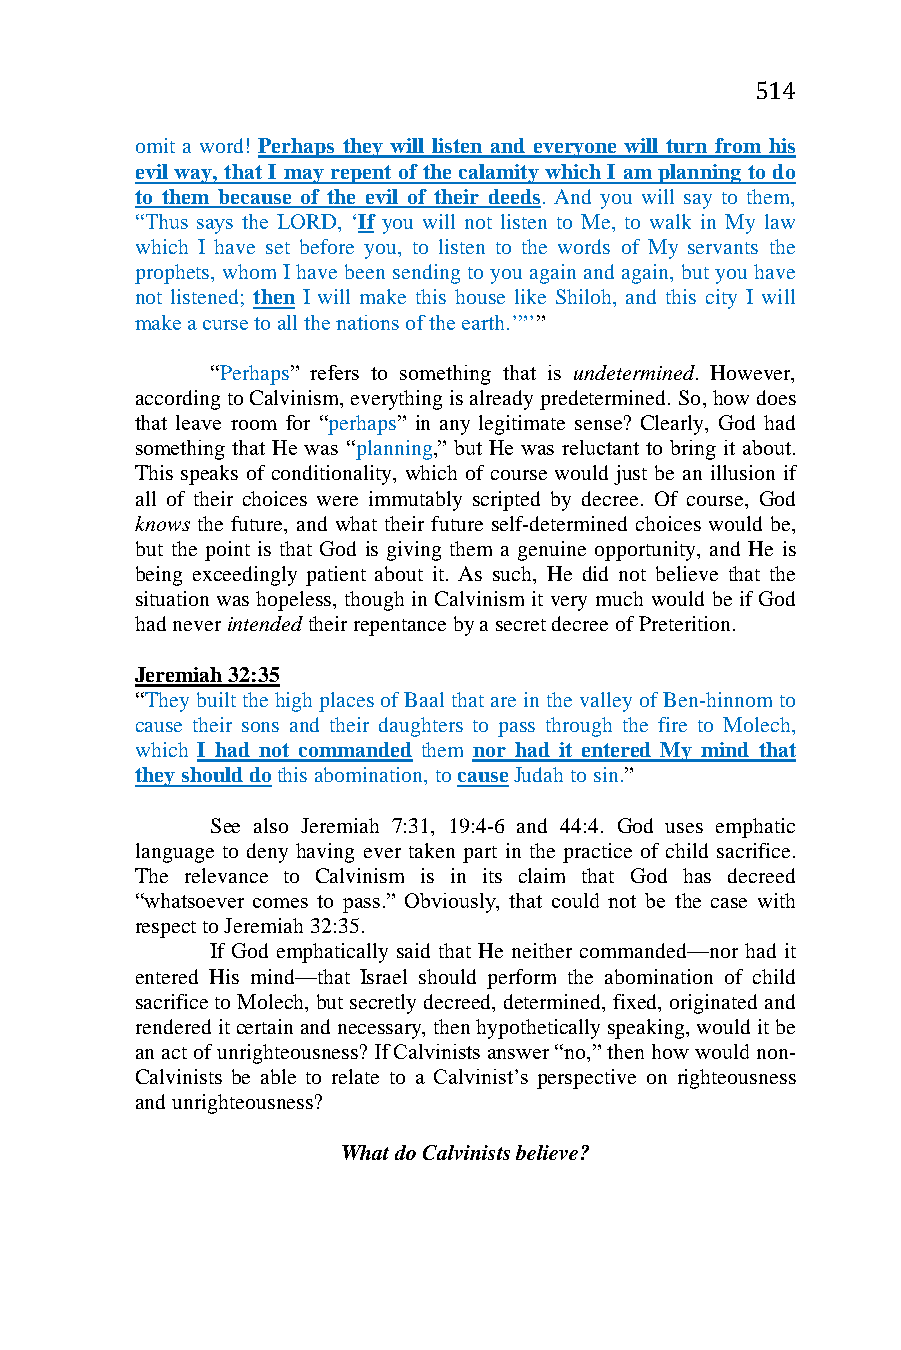
514
 omit a word! Perhaps they will listen and everyone will turn from his
 evil way, that I may repent of the calamity which I am planning to do
 to them because of the evil of their deeds. And you will say to them,
 “Thus says the LORD, ‘If you will not listen to Me, to walk in My law
 which I have set before you, to listen to the words of My servants the
 prophets, whom I have been sending to you again and again, but you have
 not listened; then I will make this house like Shiloh, and this city I will
 make a curse to all the nations of the earth.’”’”
 “Perhaps” refers to something that is undetermined. However,
 according to Calvinism, everything is already predetermined. So, how does
 that leave room for “perhaps” in any legitimate sense? Clearly, God had
 something that He was “planning,” but He was reluctant to bring it about.
 This speaks of conditionality, which of course would just be an illusion if
 all of their choices were immutably scripted by decree. Of course, God
 knows the future, and what their future self-determined choices would be,
 but the point is that God is giving them a genuine opportunity, and He is
 being exceedingly patient about it. As such, He did not believe that the
 situation was hopeless, though in Calvinism it very much would be if God
 had never intended their repentance by a secret decree of Preterition.
 Jeremiah 32:35
 “They built the high places of Baal that are in the valley of Ben-hinnom to
 cause their sons and their daughters to pass through the fire to Molech,
 which I had not commanded them nor had it entered My mind that
 they should do this abomination, to cause Judah to sin.”
 See also Jeremiah 7:31, 19:4-6 and 44:4. God uses emphatic
 language to deny having ever taken part in the practice of child sacrifice.
 The relevance to Calvinism is in its claim that God has decreed
 “whatsoever comes to pass.” Obviously, that could not be the case with
 respect to Jeremiah 32:35.
 If God emphatically said that He neither commanded—nor had it
 entered His mind—that Israel should perform the abomination of child
 sacrifice to Molech, but secretly decreed, determined, fixed, originated and
 rendered it certain and necessary, then hypothetically speaking, would it be
 an act of unrighteousness? If Calvinists answer “no,” then how would non-
 Calvinists be able to relate to a Calvinist’s perspective on righteousness
 and unrighteousness?
 What do Calvinists believe?